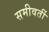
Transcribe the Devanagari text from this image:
समीवर्ती